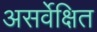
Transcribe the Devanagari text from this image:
असर्वेक्षित